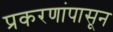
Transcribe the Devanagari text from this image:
प्रकरणांपासून